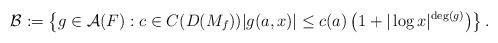
LaTeX: \begin{align*}\mathcal{B}:=\left\{g\in \mathcal{A}(F): c\in C(D(M_f)) |g(a,x)|\leq c(a)\left(1+|\log x|^{\deg(g)}\right)\right\}.\end{align*}